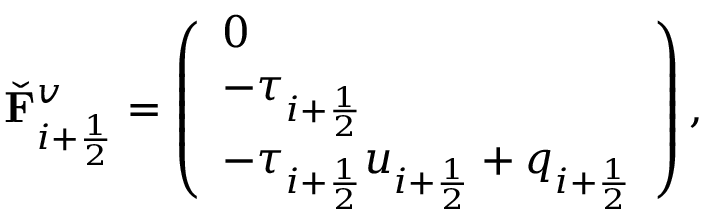
\check { \mathbf { F } } _ { i + \frac { 1 } { 2 } } ^ { v } = \left( \begin{array} { l } { 0 } \\ { - \tau _ { i + \frac { 1 } { 2 } } } \\ { - \tau _ { i + \frac { 1 } { 2 } } u _ { i + \frac { 1 } { 2 } } + q _ { i + \frac { 1 } { 2 } } } \end{array} \right) ,